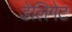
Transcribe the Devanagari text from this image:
डेलिगेट